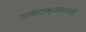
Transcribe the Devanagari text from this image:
उत्कटाश्रुजललहरी